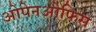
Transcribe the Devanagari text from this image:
ओपेनओफिस